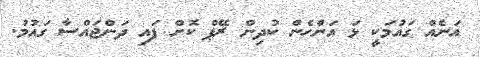
އަނެއް ގައުމަކީ ޅަ އަންހެން ކުދިން ރޭޕް ކޮށް ފައި ދަންޖައްސާ ގައުމު.